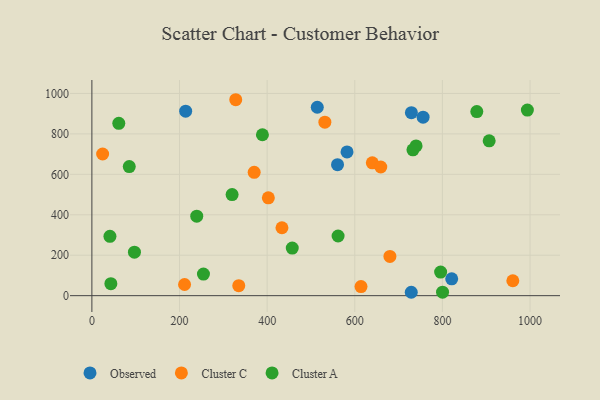
{"axis": {"x": "Investment", "y": "Salary"}, "legend": ["Cluster A", "Cluster C", "Observed"], "data": [{"x": "582.3", "y": 711.0, "type": "Observed"}, {"x": "214.0", "y": 912.5, "type": "Observed"}, {"x": "560.6", "y": 648.0, "type": "Observed"}, {"x": "755.9", "y": 882.9, "type": "Observed"}, {"x": "728.9", "y": 16.8, "type": "Observed"}, {"x": "821.2", "y": 83.1, "type": "Observed"}, {"x": "514.4", "y": 931.9, "type": "Observed"}, {"x": "729.2", "y": 904.8, "type": "Observed"}, {"x": "24.5", "y": 700.5, "type": "Cluster C"}, {"x": "531.7", "y": 858.2, "type": "Cluster C"}, {"x": "640.0", "y": 657.0, "type": "Cluster C"}, {"x": "614.2", "y": 45.0, "type": "Cluster C"}, {"x": "680.2", "y": 193.9, "type": "Cluster C"}, {"x": "370.4", "y": 610.1, "type": "Cluster C"}, {"x": "211.5", "y": 55.3, "type": "Cluster C"}, {"x": "433.8", "y": 335.8, "type": "Cluster C"}, {"x": "335.2", "y": 49.5, "type": "Cluster C"}, {"x": "328.3", "y": 969.0, "type": "Cluster C"}, {"x": "960.7", "y": 73.9, "type": "Cluster C"}, {"x": "402.7", "y": 483.7, "type": "Cluster C"}, {"x": "659.3", "y": 636.3, "type": "Cluster C"}, {"x": "41.2", "y": 293.6, "type": "Cluster A"}, {"x": "61.4", "y": 852.3, "type": "Cluster A"}, {"x": "254.6", "y": 106.8, "type": "Cluster A"}, {"x": "800.3", "y": 17.3, "type": "Cluster A"}, {"x": "878.5", "y": 910.4, "type": "Cluster A"}, {"x": "795.9", "y": 116.7, "type": "Cluster A"}, {"x": "97.1", "y": 215.0, "type": "Cluster A"}, {"x": "561.9", "y": 295.1, "type": "Cluster A"}, {"x": "739.9", "y": 740.5, "type": "Cluster A"}, {"x": "389.2", "y": 795.9, "type": "Cluster A"}, {"x": "43.3", "y": 59.1, "type": "Cluster A"}, {"x": "85.3", "y": 638.5, "type": "Cluster A"}, {"x": "732.7", "y": 721.0, "type": "Cluster A"}, {"x": "239.3", "y": 393.2, "type": "Cluster A"}, {"x": "320.0", "y": 500.1, "type": "Cluster A"}, {"x": "993.9", "y": 917.8, "type": "Cluster A"}, {"x": "457.3", "y": 235.6, "type": "Cluster A"}, {"x": "906.7", "y": 765.8, "type": "Cluster A"}]}